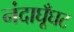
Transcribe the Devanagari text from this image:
नंदाघूँघट